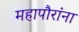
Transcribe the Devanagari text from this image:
महापौरांना